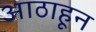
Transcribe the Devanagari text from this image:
आठाहून